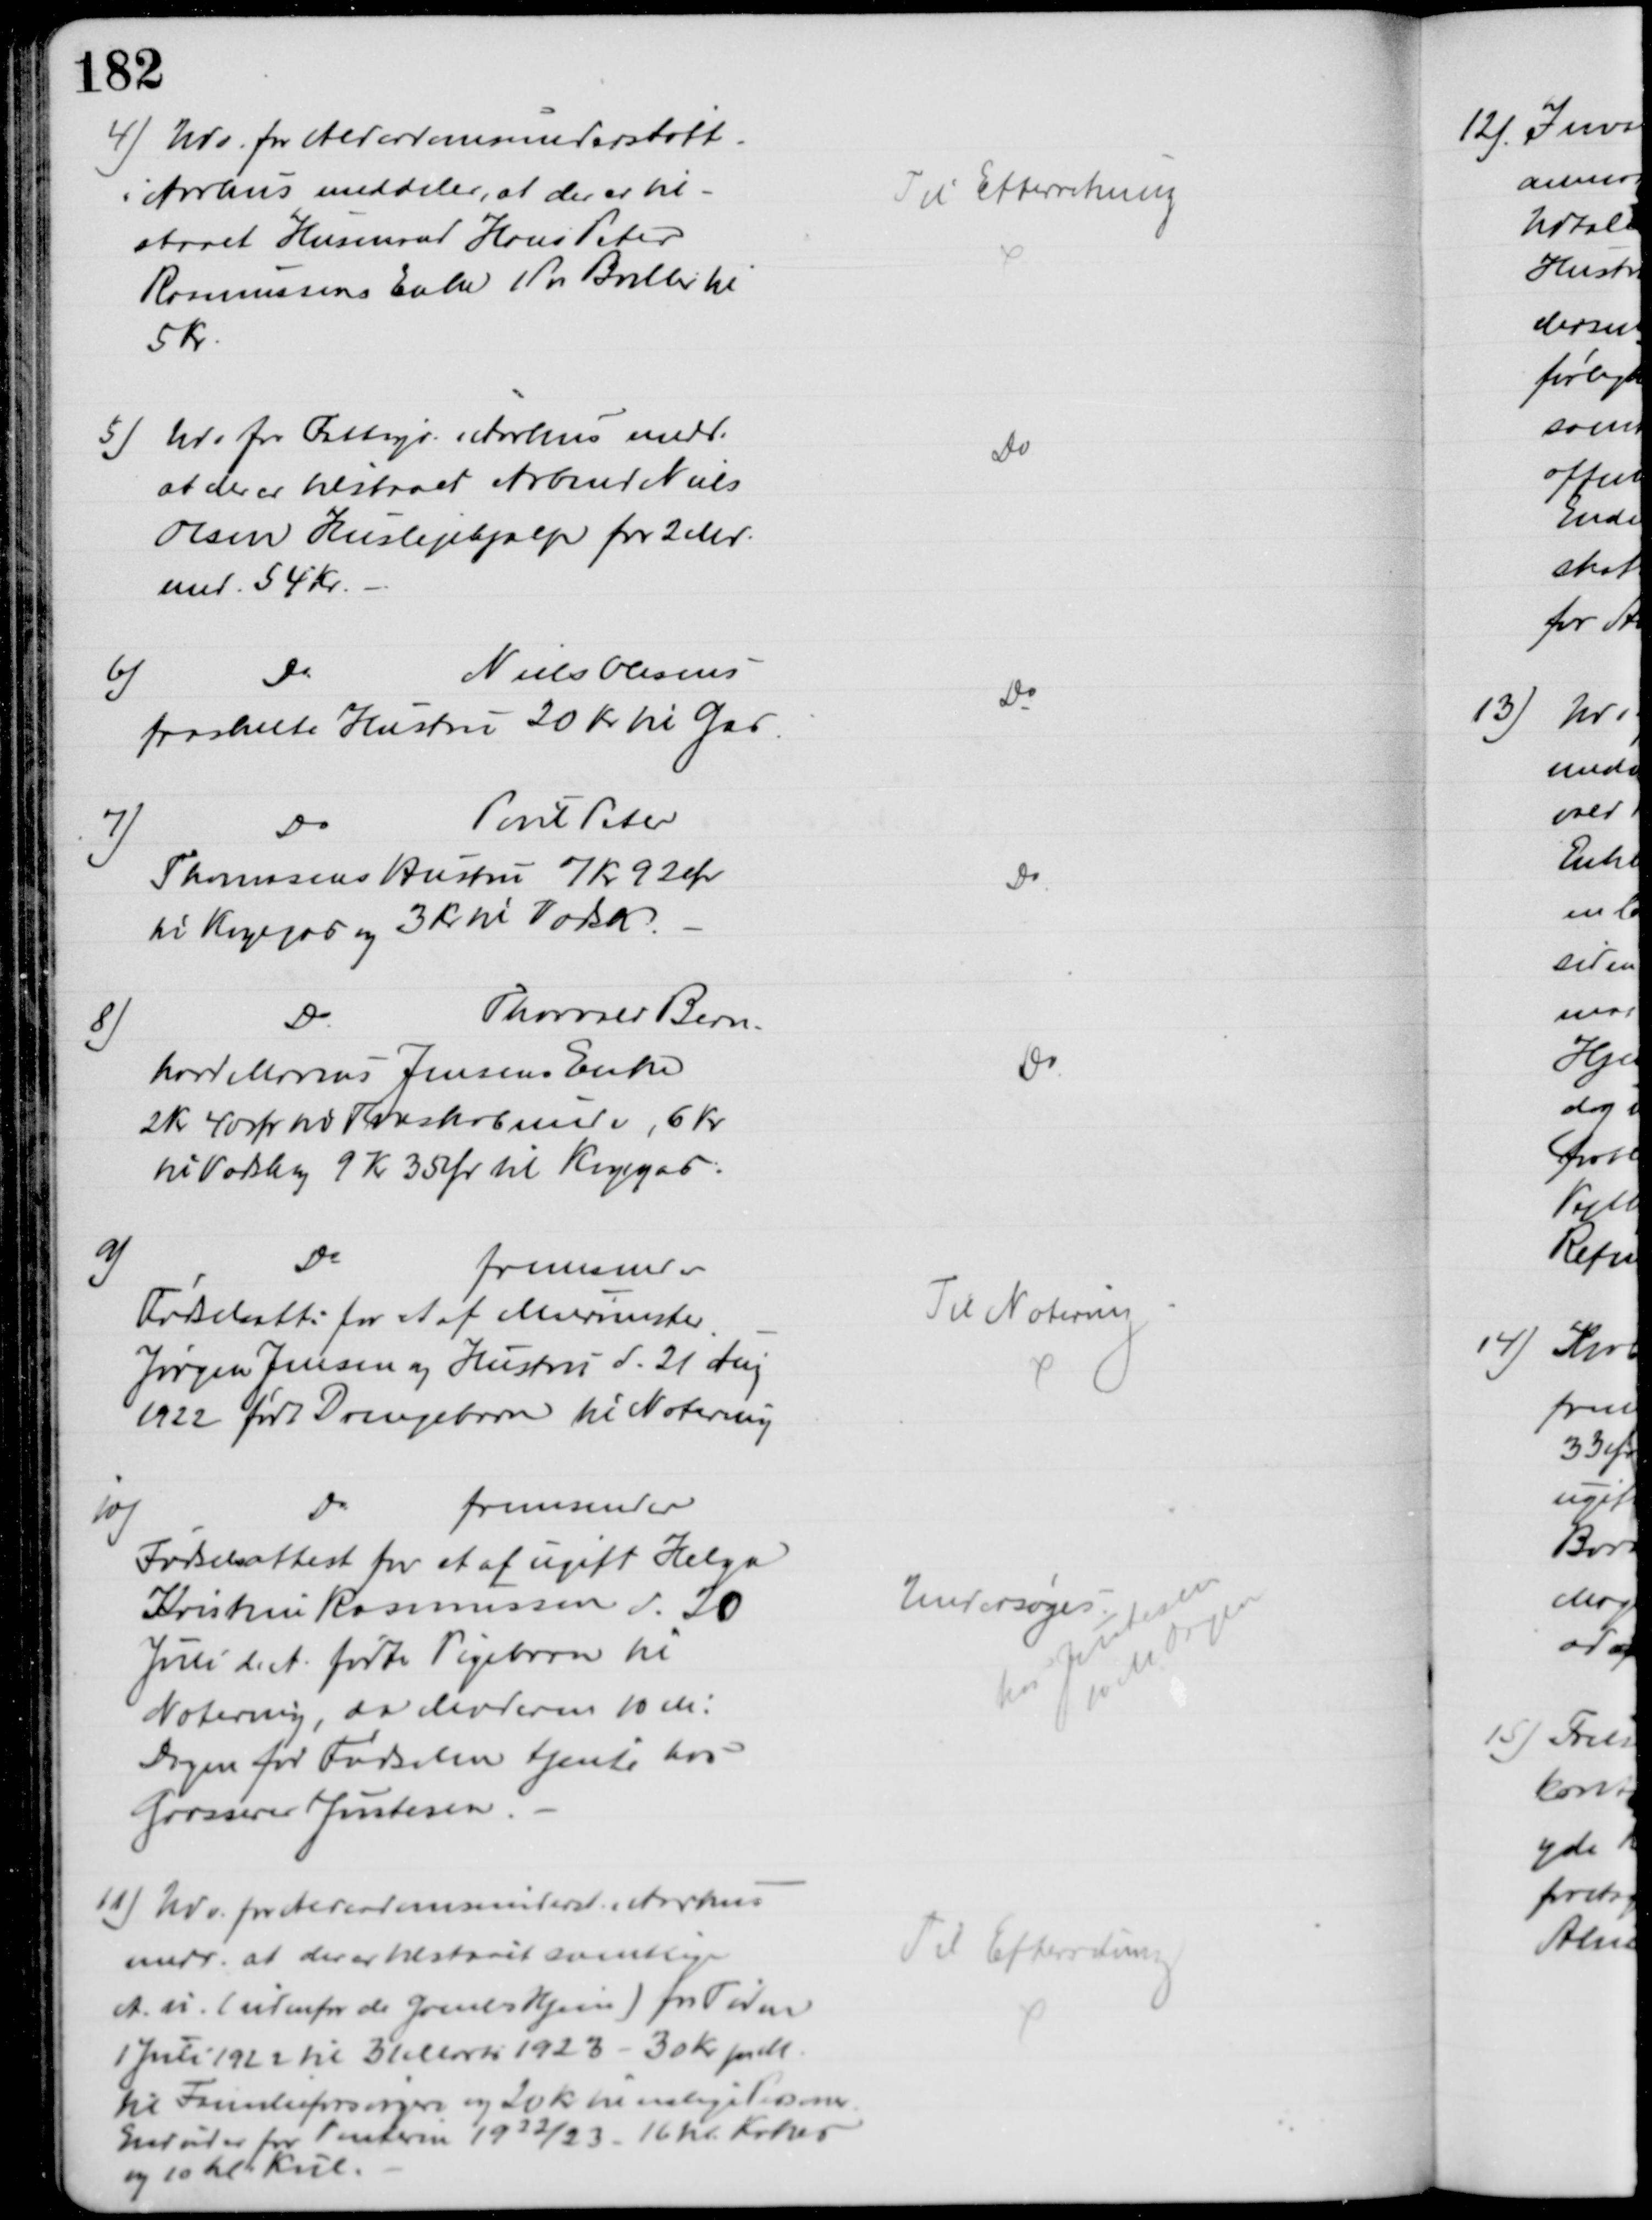
Transskription:
4) Udv. for Alderdomsunderstøtt.
i Aarhus meddeler, at der er til-
staaet Husmand Hans Peter
Rasmussens Enke 1 Par Briller til
5 Kr.
Til Efterretning
5) Ud for Fattigv. i Aarhus medd.
at der er tilstaaet Arbmd. Niels
Olsen Huslejehjælp for 2 Md.
med 54 Kr.
Do
6)
Do
Niels Olesens
fraskilte Hustru 20 Kr til Gas
Do
7)
Do
Poul Peter
Thomasens Hustru 7 Kr 92 Ør
til Kogegas og 3 Kr til Vadsk
Do
8)
Do
Thorvald Bern-
hard Marius Jensens Enke
2 Kr 40 Ør til Træskobunde, 6 Kr
til Vadsk og 9 Kr 35 Ør til Kogegas.
Do
9)
Do
fremsender
Fødselsatt: for et af Murmester
Jørgen Jensen og Hustru d. 21 Aug
1922 født Drengebarn til Notering
Til Notering
10)
Do
fremsender
Fødselsattest for et af ugift Helga
Kristine Rasmussen d. 20
Juli d. A. fødte Pigebarn til
Notering, da Moderen 10 M:
Dagen før Fødselen tjente hos
Grosserer Justesen.
Undersøges
hos Justesen
10 M Dagen
11) Udv. for Alderdomsunderst. i Aarhus
medd., at der er tilstaaet samtlige
A. u. (udenfor de Gamles Hjem) for Tiden
1 Juli 1922 til 31 Marts 1923 - 30 Kr pr M.
til Familieforsørgere og 20 Kr til enlige Personer
Endvider for Vinteren 1922/23 - 16 hl Kokes
og 10 hl Kul.
Til Efterretning